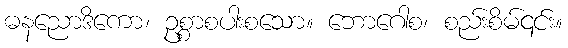
ဓနညောဒိကော၊ ဥစ္စာစပါးစသော။ ဘောဂေါစ၊ စည်းစိမ်၎င်း။